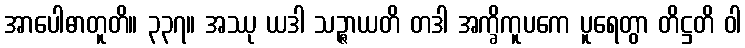
အာပေါဓာတူတိ။ ၃၃၇။ အဿု ယဒါ သဉ္ဇာယတိ တဒါ အက္ခိကူပကေ ပူရေတွာ တိဋ္ဌတိ ဝါ